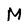
Character: M